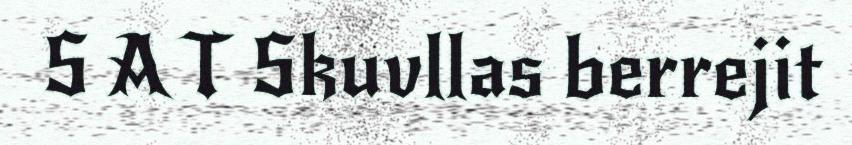
S A T Skuvllas berrejit